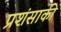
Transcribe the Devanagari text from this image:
प्रशंसाकी